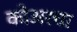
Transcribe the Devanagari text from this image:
कोअरचा